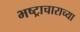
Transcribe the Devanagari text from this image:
भष्ट्राचाराच्या